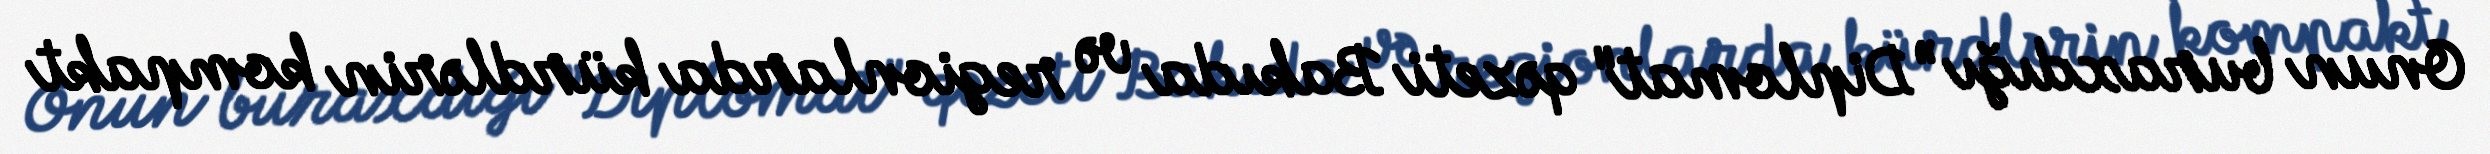
Onun buraxdığı ”Diplomat" qəzeti Bakıda və regionlarda kürdlərin kompakt